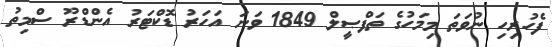
ފެހުރިހި ނުވަތަ މިމަހުގެ ތަފްޞީލް 1849 ވަނަ އަހަރު ޑޮކްޓަރު އެންޑްރޫ ސްމިތު